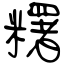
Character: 糬